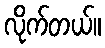
လိုက်တယ်။